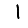
Digit: 1